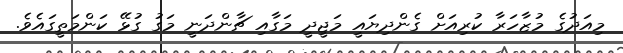
މިއަދުގެ މުޒާހަރާ ކުރިއަށް ގެންދިޔައީ މަޖީދީ މަގާއި ޗާންދަނީ މަގު ގުޅޭ ކަންމަތީގައެވެ.